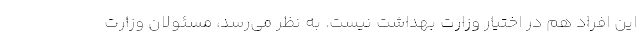
این افراد هم در اختیار وزارت بهداشت نیست. به نظر می‌رسد، مسئولان وزارت